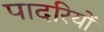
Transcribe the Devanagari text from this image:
पादरियों